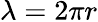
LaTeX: \lambda=2\pi r